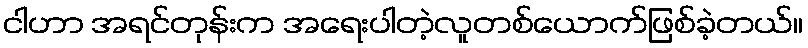
ငါဟာ အရင်တုန်းက အရေးပါတဲ့လူတစ်ယောက်ဖြစ်ခဲ့တယ်။